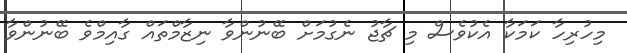
މިހުރިހާ ކަމަކާ އެކުވެސް މި ޗާޖު ނެގުމަށް ބޭނުންވާ ނިޒާމްތައް ގާއިމްވެ ބޭނުންވާ